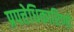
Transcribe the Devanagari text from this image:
प्रपत्तेधिकारिणों